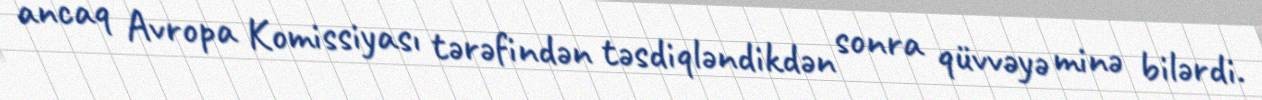
ancaq Avropa Komissiyası tərəfindən təsdiqləndikdən sonra qüvvəyə minə bilərdi.